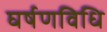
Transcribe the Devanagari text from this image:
घर्षणविधि